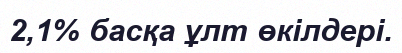
2,1% басқа ұлт өкілдері.